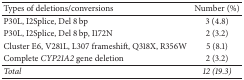
<table><thead><tr><td><b>Types of deletions/conversions</b></td><td><b>Number (%)</b></td></tr></thead><tbody><tr><td>P30L, I2Splice, Del 8 bp </td><td>3 (4.8)</td></tr><tr><td>P30L, I2Splice, Del 8 bp, I172N</td><td>2 (3.2)</td></tr><tr><td>Cluster E6, V281L, L307 frameshift, Q318X, R356W</td><td>5 (8.1)</td></tr><tr><td>Complete <i>CYP21A2</i> gene deletion</td><td>2 (3.2)</td></tr><tr><td><i>Total</i></td><td><i>12 (19.3)</i></td></tr></tbody></table>